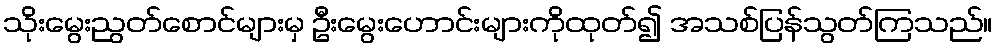
သိုးမွေးညွတ်စောင်များမှ ဦးမွေးဟောင်းများကိုထုတ်၍ အသစ်ပြန်သွတ်ကြသည်။